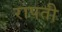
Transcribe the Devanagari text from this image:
रापती